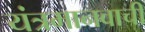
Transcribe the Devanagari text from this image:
यंत्रमानवाची